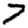
Digit: 7